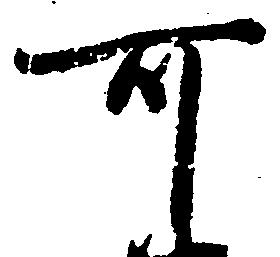
可